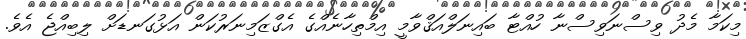
މިކަމާ މެދު ވިސްނަވިސްނާ ހުއްޓާ ބައިނަލްއަޤްވާމީ އިމްތިހާނެއްގެ އެގްޒަމިނަރުކަން އަޅުގަނޑަށް ލިބިއްޖެ އެވެ.